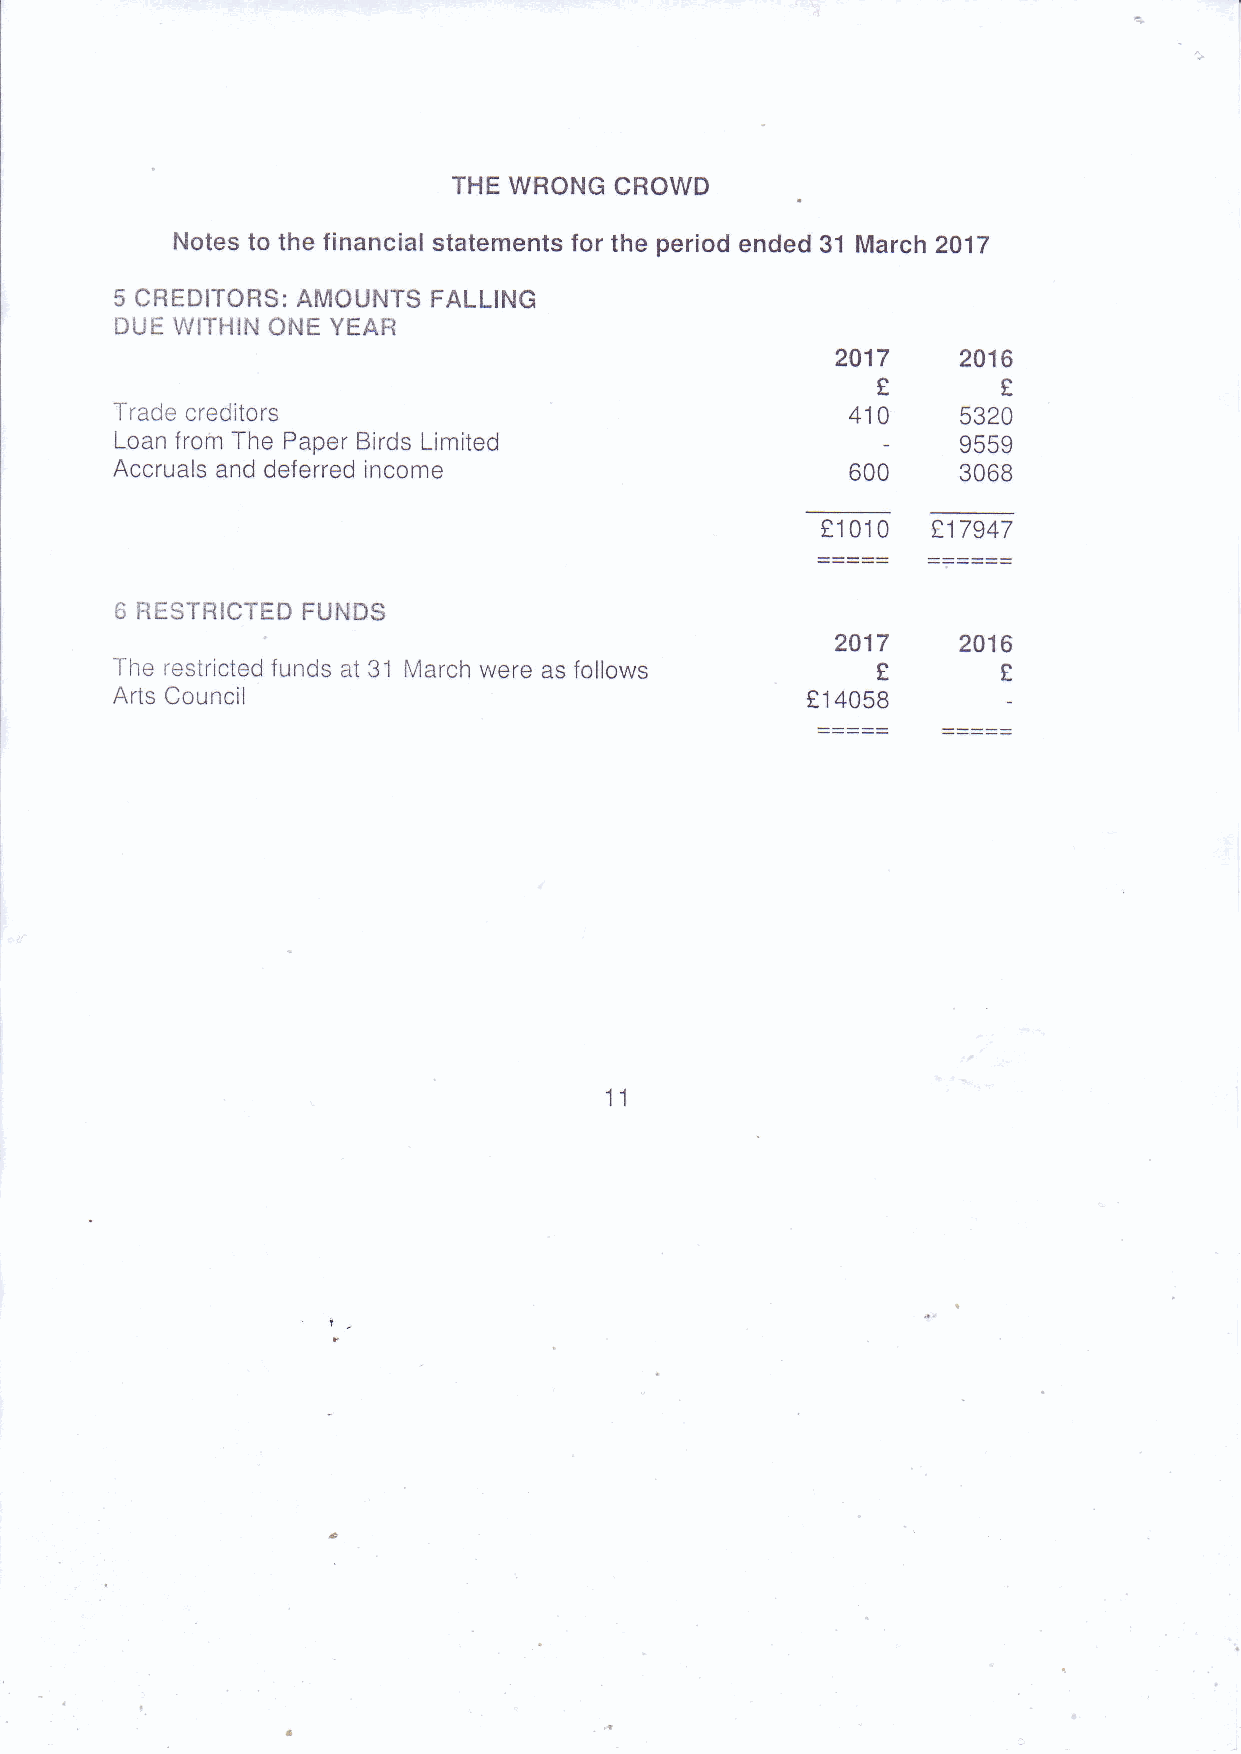
THEW RONGC  ROWD
 Notest o the financials tatementsf or the periode nded3 1 March2 017
 5 CREDITORSA:M OUNTSF ALLING
 tluI V'llTHlNO NEY EAR
 2A17     2016
 -f                                                €       I
 radec reditors                                 410     5320
 Loanf romT he PaperB irdsL imited                       q66q
 Accrualsa ndd eferredin come                    600     3068
 tl 010  t17947
 E fTESTHICTEFDU }IDS
 2017     2016
 -l-he
 restrictefdu ndsa t 31 Marchw erea s follows   tt
 ArtsC ouncil                                 t1 4058
 11